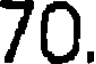
70.